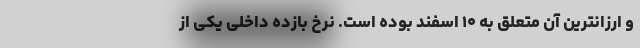
و ارزانترین آن متعلق به ۱۰ اسفند بوده است. نرخ بازده داخلی یکی از